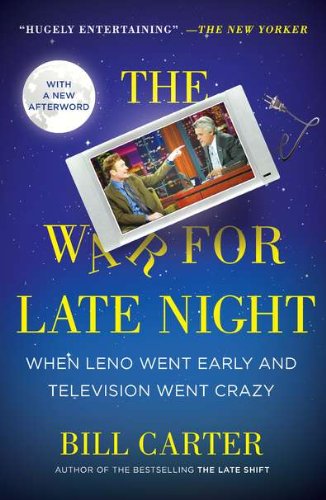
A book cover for The War for Late Night: When Leno Went Early and Television Went Crazy; Bill Carter; Humor & Entertainment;